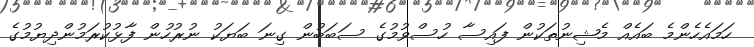
ހަމައެހެންމެ ބައެއް މެޝިނުތަކުން ފައިސާ ހުސްވުމުގެ ސަބަބުން ގިނަ ބަޔަކު ނުރުހުން ފާޅުކުރަމުންދިޔުމުގެ